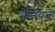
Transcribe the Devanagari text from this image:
फेनयुक्त